Annual report on the Civil Veterinary Department, Burma (including the Insein Veterinary School) - 1923-1931
Year: 1923
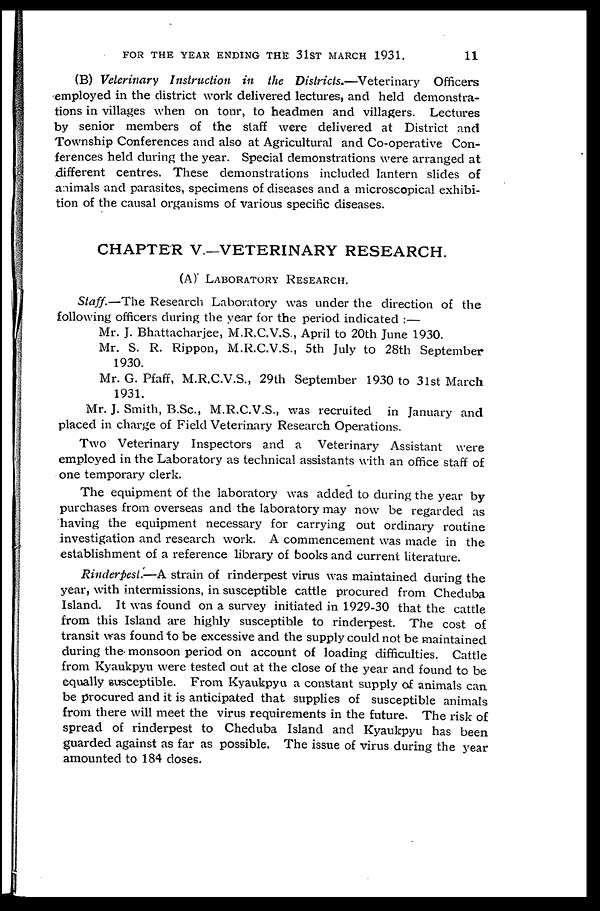
FOR THE YEAR ENDING THE 31ST MARCH 1931.
11
(B) Veterinary Instruction in the Districts.—Veterinary
Officers
employed in the district work delivered lectures, and held demonstra-
tions in villages when on tour, to headmen and villagers. Lectures
by senior members of the staff were delivered at District and
Township Conferences and also at Agricultural and Co-operative Con-
ferences held during the year. Special demonstrations were arranged at
different centres. These demonstrations included lantern slides of
animals and parasites, specimens of diseases and a microscopical exhibi-
tion of the causal organisms of various specific diseases.
CHAPTER V.—VETERINARY RESEARCH.
(A) LABORATORY RESEARCH.
Staff.—The Research Laboratory was under the direction of the
following officers during the year for the period indicated:—
Mr. J. Bhattacharjee, M.R.C.V.S., April to 20th June 1930.
Mr. S. R. Rippon, M.R.C.V.S., 5th July to 28th September
1930.
Mr. G. Pfaff, M.R.C.V.S., 29th September 1930 to 3lst March
1931.
Mr. J. Smith, B.Sc, M.R.C.V.S., was recruited in January and
placed in charge of Field Veterinary Research Operations.
Two Veterinary Inspectors and a Veterinary Assistant were
employed in the Laboratory as technical assistants with an office staff of
one temporary clerk.
The equipment of the laboratory was added to during the year by
purchases from overseas and the laboratory may now be regarded as
having the equipment necessary for carrying out ordinary routine
investigation and research work. A commencement was made in the
establishment of a reference library of books and current literature.
Rinderpest.—A strain of rinderpest virus was maintained during the
year, with intermissions, in susceptible cattle procured from Cheduba
Island. It was found on a survey initiated in 1929-30 that the cattle
from this Island are highly susceptible to rinderpest. The cost of
transit was found to be excessive and the supply could not be maintained
during the monsoon period on account of loading difficulties. Cattle
from Kyaukpyu were tested out at the close of the year and found to be
equally susceptible. From Kyaukpyu a constant supply of animals can
be procured and it is anticipated that supplies of susceptible animals
from there will meet the virus requirements in the future. The risk of
spread of rinderpest to Cheduba Island and Kyaukpyu has been
guarded against as far as possible. The issue of virus during the year
amounted to 184 doses.